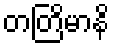
တတြိမာနိ